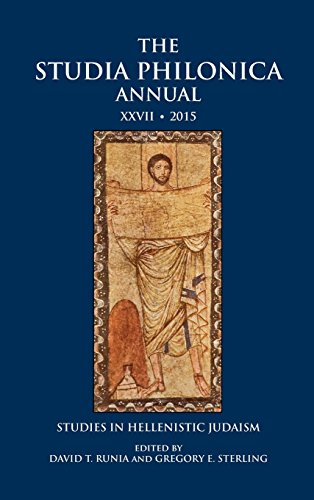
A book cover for The Studia Philonica Annual XXVII, 2015: Studies in Hellenistic Judaism; David T. Runia; Religion & Spirituality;